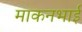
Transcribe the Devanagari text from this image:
माकनभाई